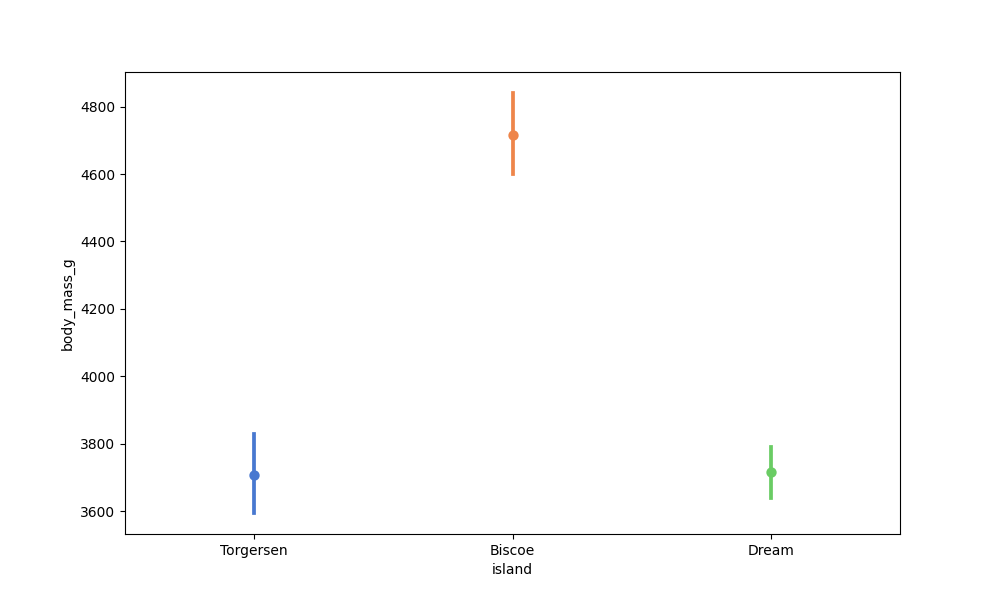
python, seaborn, pointplot, scale=1.0, join=False, hue='None', palette='muted'